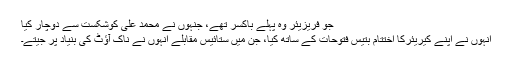
جو فریزیئر وہ پہلے باکسر تھے، جنہوں نے محمد علی کوشکست سے دوچار کیا
انہوں نے اپنے کیریئرکا اختتام بتیس فتوحات کے ساتھ کیا، جن میں ستائیس مقابلے انہوں نے ناک آؤٹ کی بنیاد پر جیتے۔